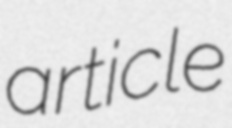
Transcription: article